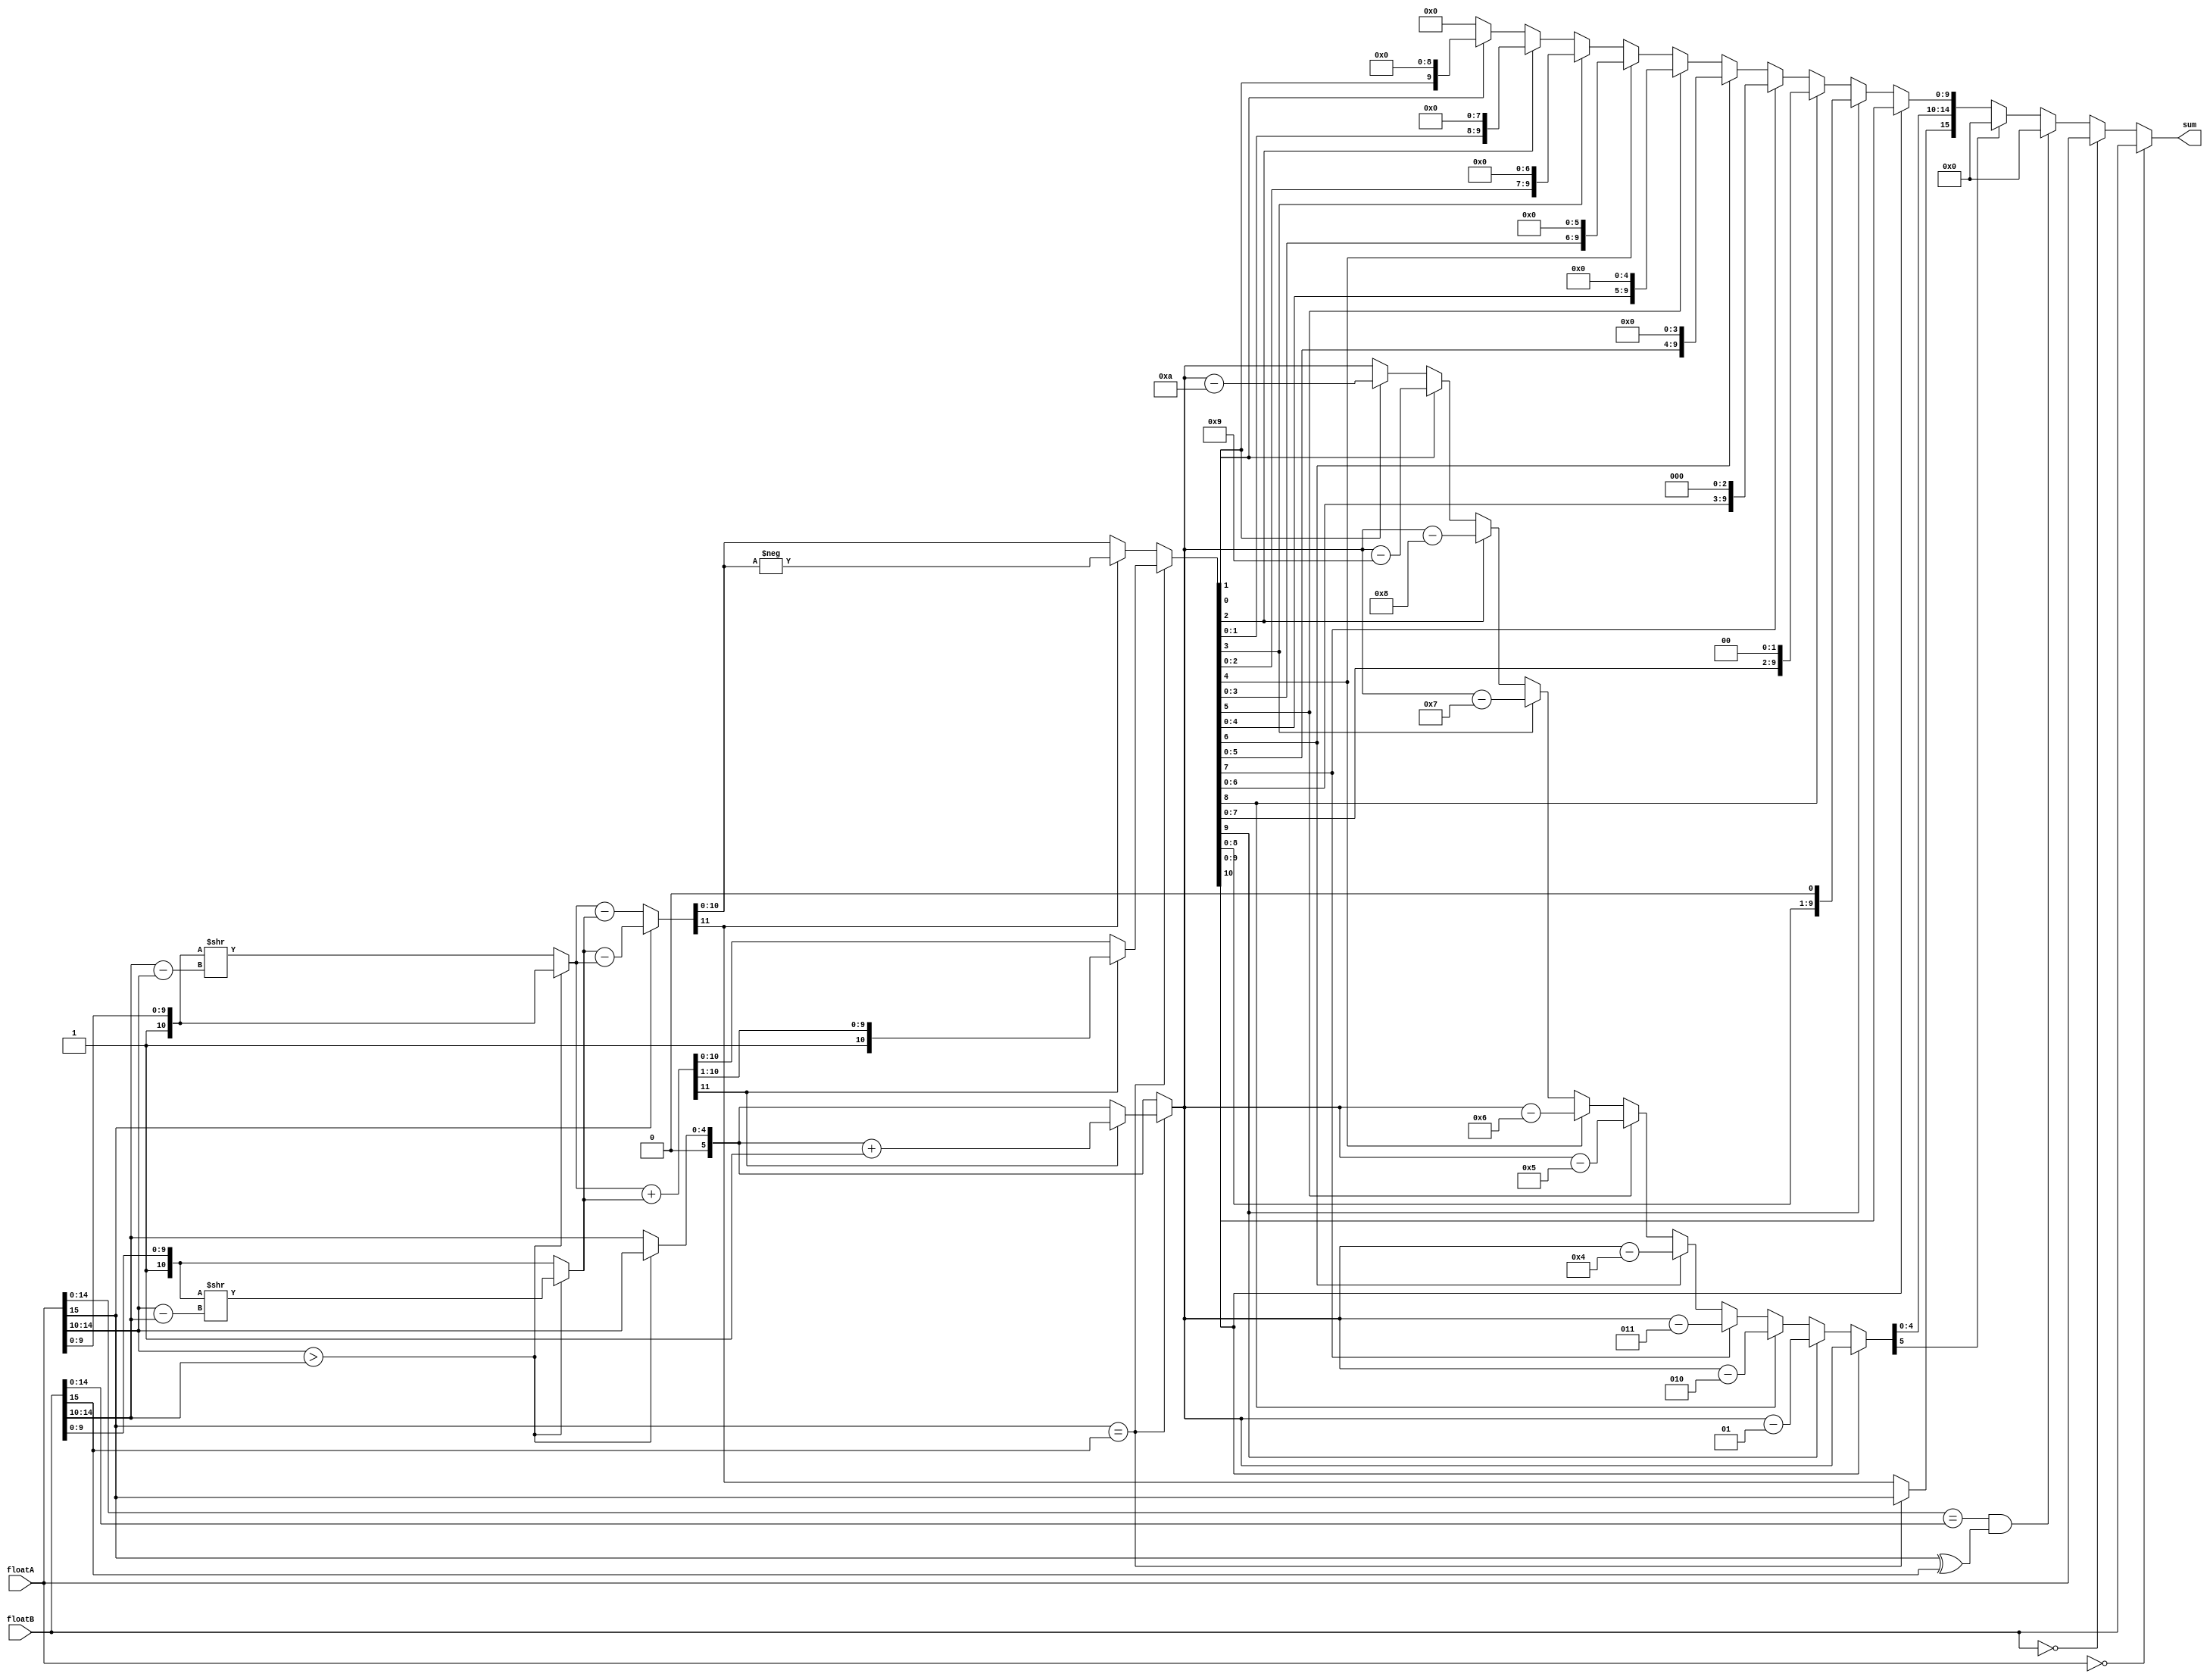
`timescale 1ns / 1ps



module FP16_add(
floatA,floatB,sum
    );
	
	
input [15:0] floatA, floatB;
output reg [15:0] sum;

reg sign;
reg signed [5:0] exponent; //6th bit is the sign
reg [4:0] exponentA; //6th bit is the sign
reg [4:0] exponentB; //6th bit is the sign
reg [9:0] mantissa;
reg [10:0] fractionA, fractionB;	
reg [11:0] fraction;	
	

//1

always@(floatA or floatB) begin	

	exponentA = floatA[14:10];
	exponentB = floatB[14:10];
	fractionA = {1'b1,floatA[9:0]};
	fractionB = {1'b1,floatB[9:0]}; 
	
	if(floatA == 0) sum = floatB;
	else if(floatB == 0) sum = floatA;
	else if (floatA[14:0] == floatB[14:0] && floatA[15]^floatB[15]==1'b1) sum=0;
	else begin
	
		
		if(exponentA > exponentB) begin
			fractionB = fractionB >> (exponentA - exponentB);
			exponent = exponentA;
		end else begin
			fractionA = fractionA >> (exponentB - exponentA);
			exponent = exponentB;
		end
		
		//same sign
		if (floatA[15] == floatB[15]) begin
			sign = floatA[15];
			fraction = fractionA + fractionB;
			if(fraction[11] == 1'b1) begin
				fraction = fraction >> 1'b1;
				exponent = exponent + 1'b1;
			end
		end
		//different sign
		else begin
			if(floatA[15] == 1'b0) fraction = fractionA - fractionB;
			else fraction = fractionB - fractionA;
			
			//
			if(fraction[11] == 1'b1) begin
				fraction[10:0] = -fraction[10:0];
			end
			
			sign = fraction[11];
			
		end
		
		//1
		// 111fraction [10]
		if (fraction [10] == 0) begin
			if (fraction[9] == 1'b1) begin
				fraction = fraction << 1;
				exponent = exponent - 1;
			end else if (fraction[8] == 1'b1) begin
				fraction = fraction << 2;
				exponent = exponent - 2;
			end else if (fraction[7] == 1'b1) begin
				fraction = fraction << 3;
				exponent = exponent - 3;
			end else if (fraction[6] == 1'b1) begin
				fraction = fraction << 4;
				exponent = exponent - 4;
			end else if (fraction[5] == 1'b1) begin
				fraction = fraction << 5;
				exponent = exponent - 5;
			end else if (fraction[4] == 1'b1) begin
				fraction = fraction << 6;
				exponent = exponent - 6;
			end else if (fraction[3] == 1'b1) begin
				fraction = fraction << 7;
				exponent = exponent - 7;
			end else if (fraction[2] == 1'b1) begin
				fraction = fraction << 8;
				exponent = exponent - 8;
			end else if (fraction[1] == 1'b1) begin
				fraction = fraction << 9;
				exponent = exponent - 9;
			end else if (fraction[0] == 1'b1) begin
				fraction = fraction << 10;
				exponent = exponent - 10;
			end 
		end
		
		
		mantissa = fraction[9:0];
		if(exponent[5]==1'b1) begin //exponent is negative
			sum = 16'b0000000000000000;
		end
		else begin
			sum = {sign,exponent[4:0],mantissa};
		end	
		
	end

	
end
	
	
endmodule